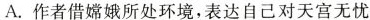
A.作者借嫦娥所处环境，表达自己对天宫无忧